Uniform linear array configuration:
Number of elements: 64
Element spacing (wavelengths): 1
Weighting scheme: exponential
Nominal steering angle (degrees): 15
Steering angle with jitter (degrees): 16.7
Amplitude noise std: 0.05
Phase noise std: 0.05

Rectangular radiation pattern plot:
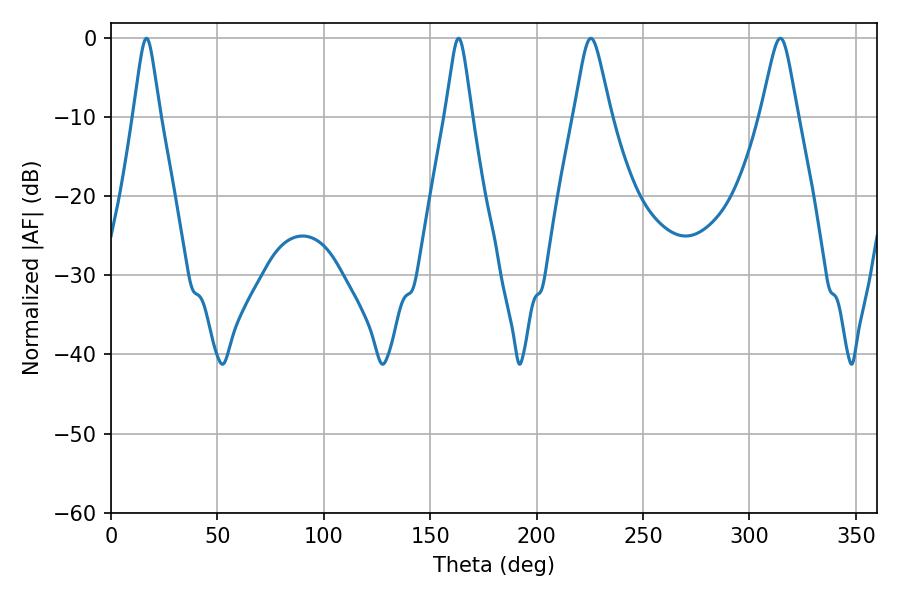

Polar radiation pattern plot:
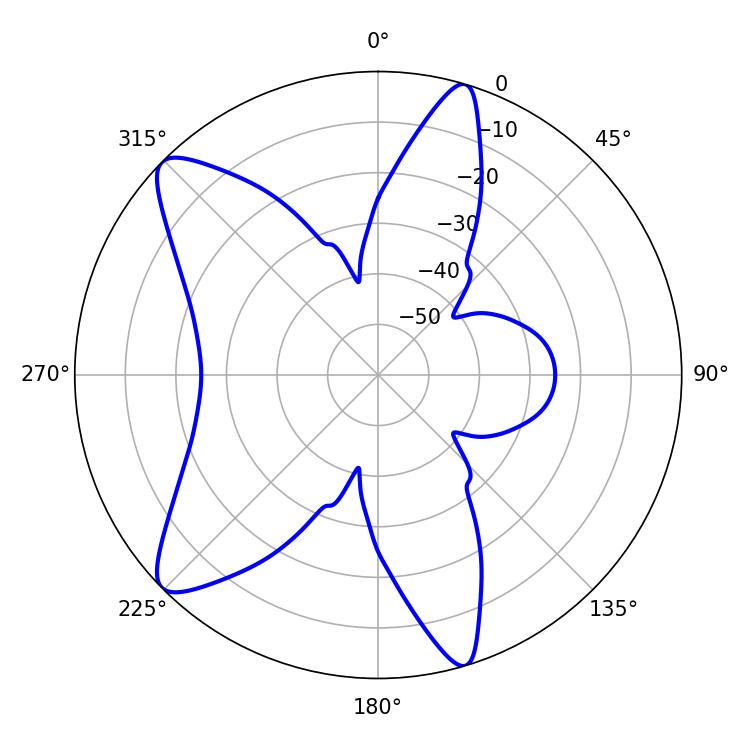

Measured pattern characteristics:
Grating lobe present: TRUE
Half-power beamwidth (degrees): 8.1
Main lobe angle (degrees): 314.46